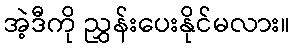
အဲ့ဒီကို ညွှန်းပေးနိုင်မလား။